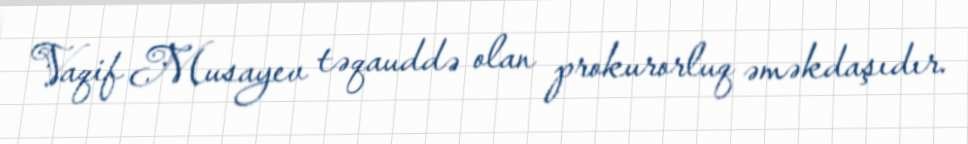
Vaqif Musayev təqauddə olan prokurorluq əməkdaşıdır.